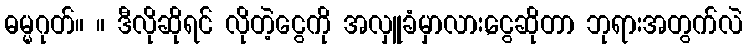
ဓမ္မဂုတ်။ ။ ဒီလိုဆိုရင် လိုတဲ့ငွေကို အလှူခံမှာလား,ငွေဆိုတာ ဘုရားအတွက်လဲ